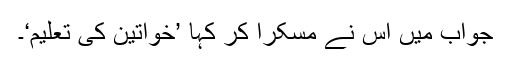
جواب میں اس نے مسکرا کر کہا ’خواتین کی تعلیم‘۔